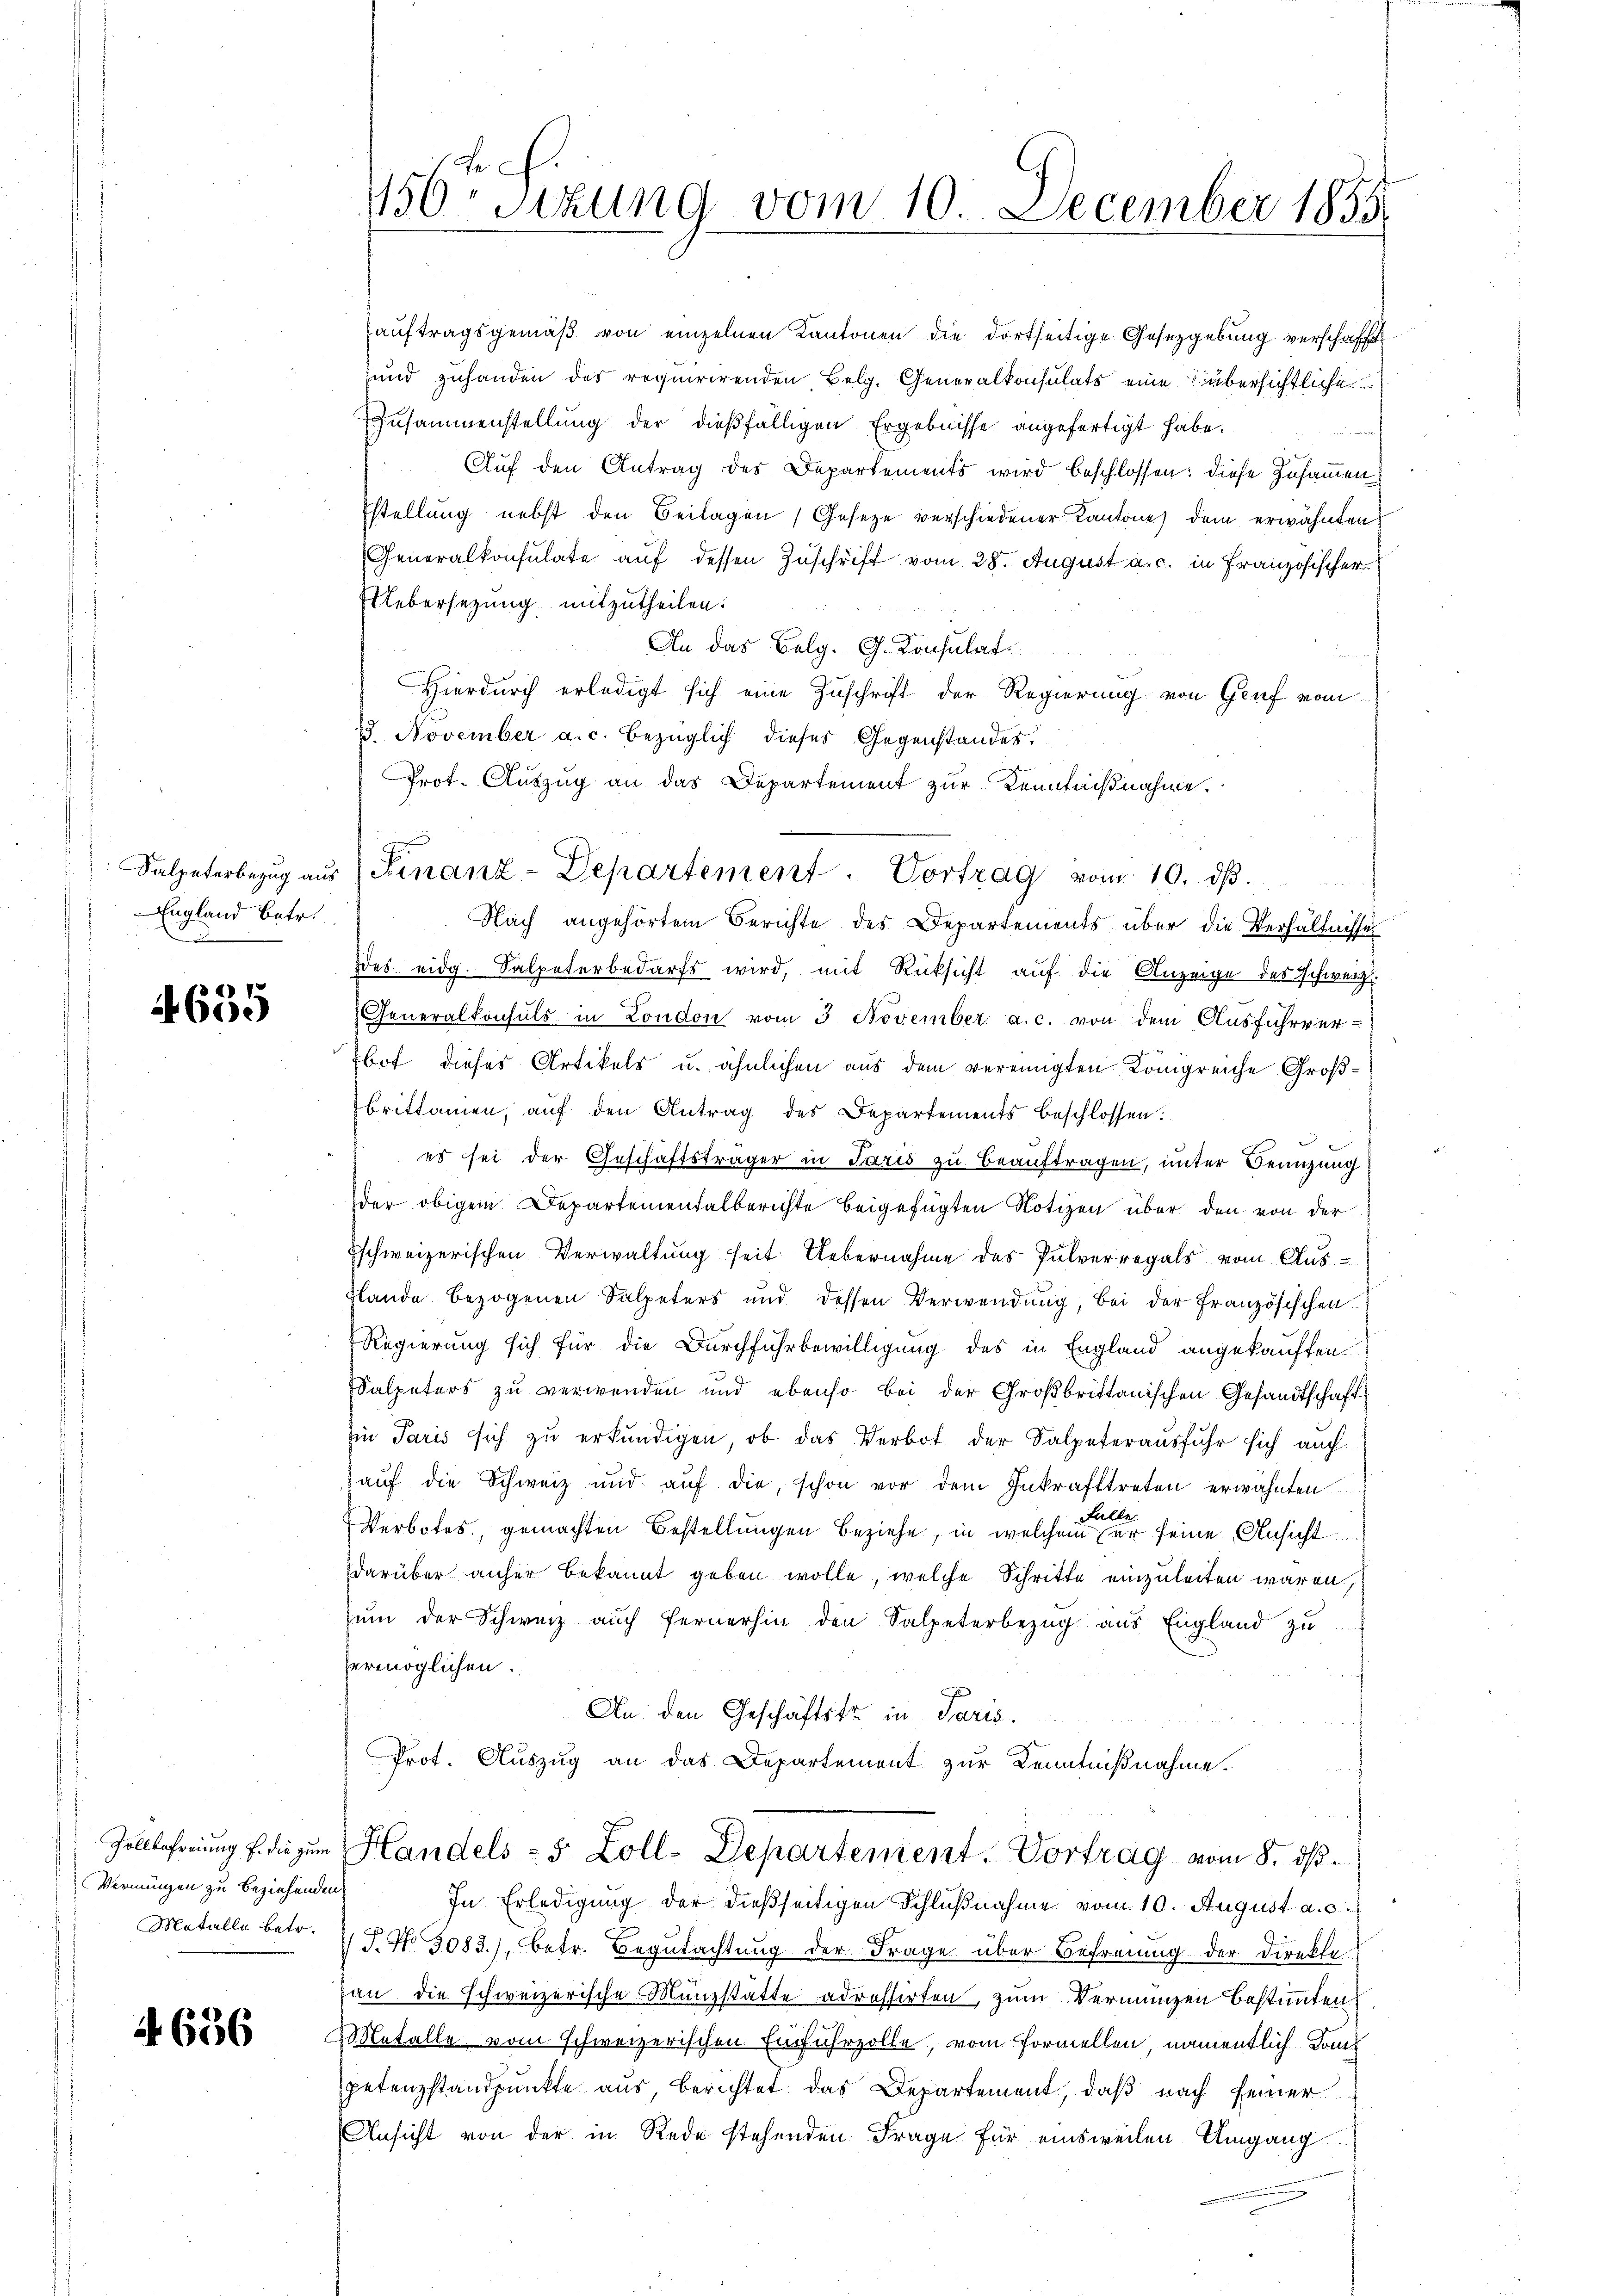
England betr.
u

635

Vernungen zu beziehenden.
Motalle betr.

4656

c
1150 sizung vom 10. December 1855.

aŭftragsgemäβ von einzelnen Kantonen die dortseitige Gesetzgebung verschafft
sund zuhanden der requirirenden, Belg. Generalkonsulats eine übersichtliche
Zusammenstellung der dießfälligen Ergebnisse angefertigt habe.
Auf den Antrag des Departements wird beschlossen: diese Zusammen
stellung nebst den Beilagen Geseze verschiedener Kantone dem erwähnten
Generalkonsulate auf dessen Zuschrift vom 28. August a. c. in Französischer
UUebersezung mitzutheilen.
An das Belg. G. Konsulat
d
Hierdurch erledigt sich eine Zuschrift der Regierung von Gruf vom
28. November a. c. bezüglich dieses Gegenstandes.
Prot. Auszug an das Departement zur Kenntnißnahme.
Nach angehörtem Berichte des Departements über die Verhältnisses
des eidg. Salpeterbedarfs wird, mit Rücksicht aŭf die Anzeige des schweiz.
Generalkonsuls in London vom 3. November a. c. von dem Ausfuhrver-
bot dieses Artikels u. ähnlichen aus dem vereinigten Königreiche Großbrittamen, aŭf den Antrag des Departements beschlossen:
es sei der Geschäftsträger in Paris zu beauftragen, unter Benuzung
der obigem Departementalberichte beigefügten Notizen über den von der
schweizerischen Verwaltung seit Uebernahme des Pulverregals vom Ausslande bezogenen Salpeters und dessen Verwendung, bei der Französischen
Regierung sich für die Durchfuhrbewilligung des in England angekauften
Salpeters zu verwenden und ebenso bei der Großbrittanischen Gesandtschaft
Ein Paris sich zu erkundigen, ob das Verbot der Salpeterausfuhr sich auch
aŭf die Schweiz und aŭf die, schon vor dem Inkrafttreten erwähnten
Falle
Verbotes, gemachten Bestellungen beziehe, in welchem er seine Ansicht
darüber anher bekannt geben wolle, welche Schritte einzuleiten waren,
zum der Schweiz auch fernerhin den Salpeterbezug aus England zu
ermöglichen.
An den Geschäftste in Paris.
Prot. Auszug an das Departement zur Kenntnißnahme.
u
Zollbefreiung f. die zŭm Handels- 5 Zoll-Departement. Vortrag vom 8. dβ.
In Erledigung der dießseitigen Schlußnahme vom 10. August a. c.
T. No 3083.), betr. Begutachtung der Frage über Befreiung der Direkte
an die schweizerische Münzstätte adressirten, zum Vermangen bestimmten
Metalle vom schweizerischen Einfuhrzolle, vom Formellen, namentlich Konpetenzstandpunkte aus, berichtet das Departement, daß nach seiner
Ansicht von der in Rede stehenden Frage für einsweilen Umgang

Salpeterbezŭg aŭs Finanz-Departement. Vortrag vom 10. dβ.